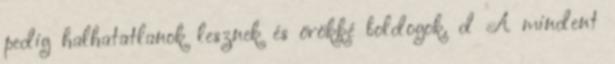
pedig halhatatlanok lesznek és örökké boldogok. d A mindent